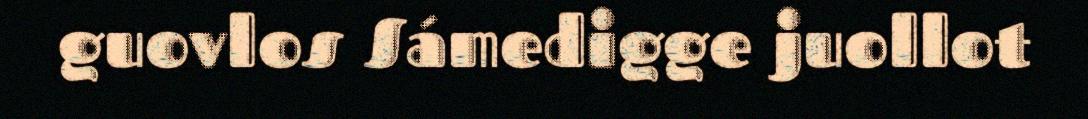
guovlos Sámedigge juollot